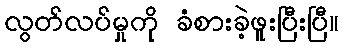
လွတ်လပ်မှုကို ခံစားခဲ့ဖူးပြီးပြီ။